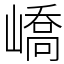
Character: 嶠